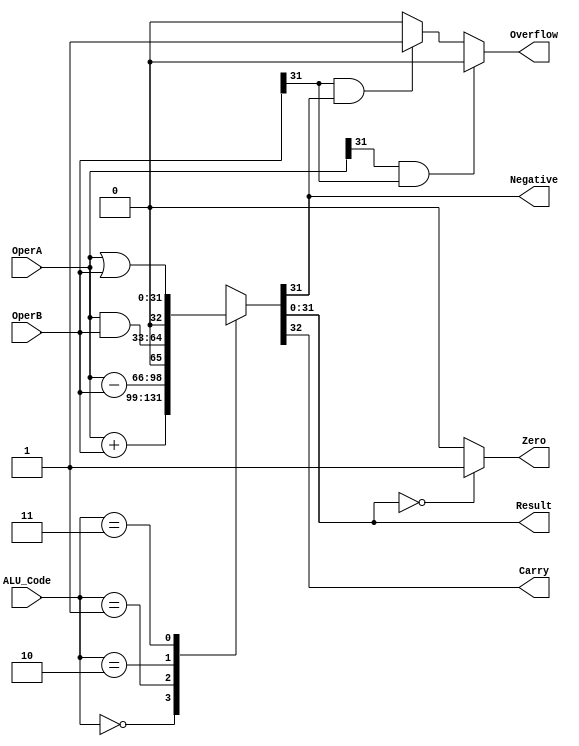
`timescale 1ns / 1ps
//////////////////////////////////////////////////////////////////////////////////
// Company: 
// Engineer: 
// 
// Design Name: 
// Module Name:    ALU 
// Project Name: 
// Target Devices: 
// Tool versions: 
// Description: 
//
// Dependencies: 
//
// Revision: 
// Revision 0.01 - File Created
// Additional Comments: 
//
//////////////////////////////////////////////////////////////////////////////////
module ALU(
    input [31:0] OperA,
    input [31:0] OperB,
    input [1:0] ALU_Code,
    output reg [31:0] Result,
    output reg Zero,
    output reg Negative,
    output reg Carry,
    output reg Overflow
    );
	 
	 reg [32:0] tmp;
	 reg x;
	 reg y;
	 
	 initial begin
		 Result = 0;
		 tmp = 0;
		 Zero = 0;
		 Negative = 0;
		 Carry = 0;
		 Overflow = 0;
		 y = 0;
		 x = 0;
	 end
	 

	always @*
		begin
			case(ALU_Code)
					2'b00 : tmp = OperA + OperB;
					2'b01 : tmp = OperA - OperB;
					2'b10 : tmp = OperA & OperB;
					2'b11 : tmp = OperA | OperB;
					default : tmp = 0;
				endcase
			Negative = tmp[31];
			Carry = tmp[32];
			Result = tmp[31:0];
			x = OperA[31] & OperB[31];
			y = OperB[31] & Result[31];
			if(x)
					Overflow = 0;
			else
				begin
					if(!y)
						Overflow = 0;
					else
						Overflow = 1;
				end
			if(Result == 0)
				Zero = 1;
			else
				Zero = 0;
		end

endmodule